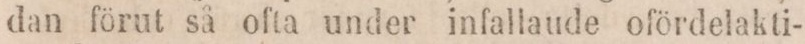
dan förut så ofta under infallaude ofördelakti-